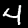
Label: 4